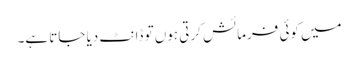
میں کوئی فرمائش کرتی ہوں تو ڈانٹ دیا جاتا ہے۔